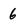
Character: 6